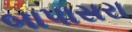
બાપાસરા